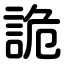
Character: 詭